Report of the Municipal Commissioner on the plague in Bombay for the year ending 31st May... - Volume 1
Disease focus: Plague
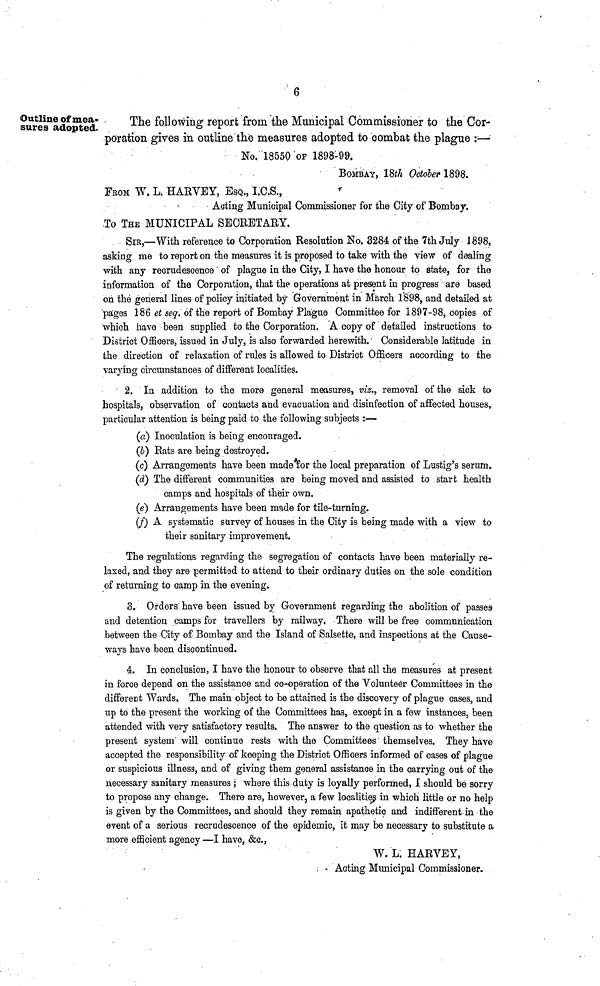
6
Outline of mea-
sures adopted.
The following report from the Municipal Commissioner to the Cor-
poration gives in outline the measures adopted to combat the plague :—
No. 18550 OF 1898-99.
BOMBAY, 18th October 1898.
FROM W. L. HARVEY, ESQ., I.C.S.,
Acting Municipal Commissioner for the City of Bombay.
To THE MUNICIPAL SECRETARY.
SiBj—With reference to Corporation Resolution No. 3284= of the 7th July 1898,
asking me to report on the measures it is proposed to take with the view of dealing
with any recrudescence of plague in the City, I have the honour to state, for the
information of the Corporation, that the operations at present in progress are based
on the general lines of policy initiated by Government in March 1898, and detailed at
pages 186 et seq. of the report of Bombay Plague Committee for 1897-98, copies of
which have been supplied to the Corporation. A copy of detailed instructions to
District Officers, issued in July, is also forwarded herewith. Considerable latitude in
the direction of relaxation of rules is allowed to District Officers according to the
varying circumstances of different localities.
2. In addition to the more general measures, viz., removal of the sick to
hospitals, observation of contacts and evacuation and disinfection of affected houses,,
particular attention is being paid to the following subjects :—
(a) Inoculation is being encouraged.
(6) Rats are being destroyed.
(c) Arrangements have been made for the local preparation of Lustig's serum.
(d) The different communities are being moved and assisted to start health
camps and hospitals of their own.
(e) Arrangements have been made for tile-turning.
(f) A systematic survey of houses in the City is being made with a view to
their sanitary improvement.
The regulations regarding the segregation of contacts have been materially re-
laxed, and they are permitted to attend to their ordinary duties on the sole condition
of returning to camp in the evening.
3. Orders have been issued by Government regarding the abolition of passes
and detention camps for travellers by railway. There will be free communication
between the City of Bombay and the Island of Salsette, and inspections at the Cause-
ways have been discontinued.
4. In conclusion, I have the honour to observe that all the measures at present
in force depend on the assistance and co-operation of the Volunteer Committees in the
different Wards. The main object to be attained is the discovery of plague cases, and
up to the present the working of the Committees has, except in a few instances, been
attended with very satisfactory results. The answer to the question as to whether the
present system will continue rests with the Committees themselves. They have
accepted the responsibility of keeping the District Officers informed of cases of plague
or suspicious illness, and of giving them general assistance in the carrying out of the
necessary sanitary measures ; where this duty is loyally performed, I should be sorry
to propose any change. There are, however, a few localities in which little or no help
is given by the Committees, and should they remain apathetic and indifferent in the
event of a serious recrudescence of the epidemic, it may be necessary to substitute a
more efficient agency—I have, &c.,
W. L. HARVEY,
Acting Municipal Commissioner.